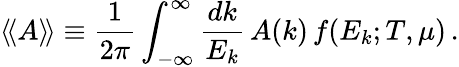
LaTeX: \langle\! \langle A\rangle\! \rangle\equiv{\frac{1}{2\pi}}\int_{-\infty}^{\infty}{\frac{dk}{E_{k}}}\, A(k)\, f(E_{k};T,\mu)\, .